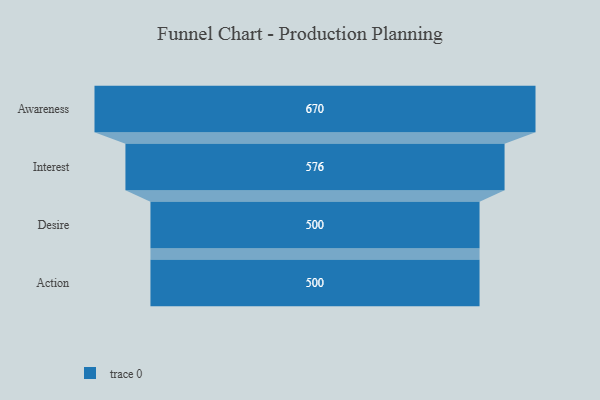
{"axis": {"x": "Stage", "y": "Value"}, "legend": [""], "data": [{"x": "Awareness", "y": 670.0, "type": ""}, {"x": "Interest", "y": 576.0, "type": ""}, {"x": "Desire", "y": 500, "type": ""}, {"x": "Action", "y": 500, "type": ""}]}